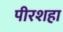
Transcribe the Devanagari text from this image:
पीरशहा